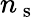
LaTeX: n_{\mathrm{~s~}}